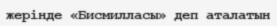
жерінде «Бисмилласы» деп аталатын